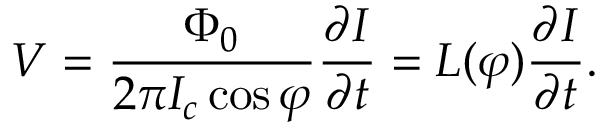
V = { \frac { \Phi _ { 0 } } { 2 \pi I _ { c } \cos \varphi } } { \frac { \partial I } { \partial t } } = L ( \varphi ) { \frac { \partial I } { \partial t } } .